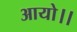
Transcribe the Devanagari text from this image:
आयो।।